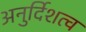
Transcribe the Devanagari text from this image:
अनुर्दिशत्व